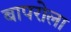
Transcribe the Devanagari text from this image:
बापरोला